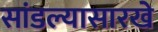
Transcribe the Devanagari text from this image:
सांडल्यासारखे